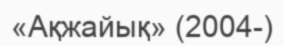
«Ақжайық» (2004-)